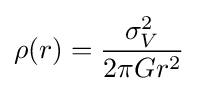
\rho (r)={\frac {\sigma _{V}^{2}}{2\pi Gr^{2}}}